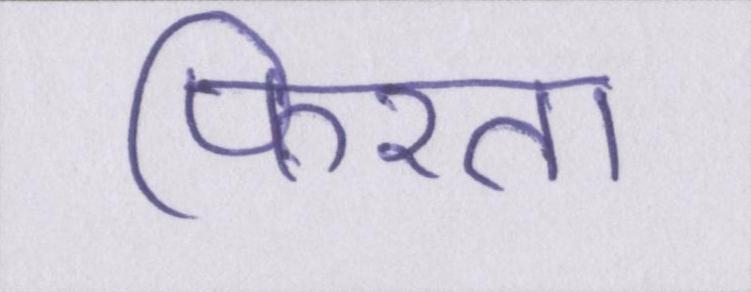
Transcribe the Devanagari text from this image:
फिरता